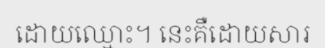
ដោយឈ្មោះ។ នេះគឺដោយសារ